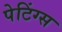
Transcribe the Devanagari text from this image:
पेटिंग्स